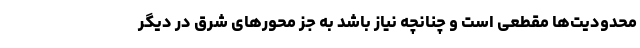
محدودیت‌ها مقطعی است و چنانچه نیاز باشد به جز محورهای شرق در دیگر